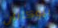
بيوكانان